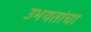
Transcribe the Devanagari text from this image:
उभयतांचा